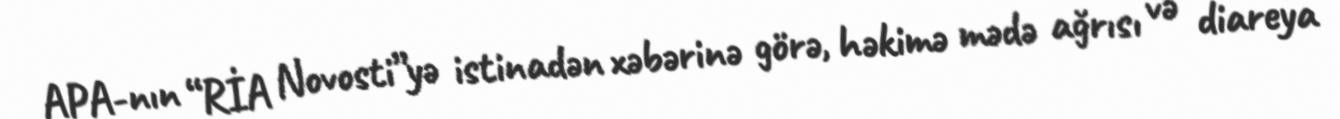
APA-nın “RİA Novosti”yə istinadən xəbərinə görə, həkimə mədə ağrısı və diareya